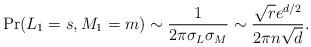
LaTeX: \begin{align*} \Pr( L_1=s, M_1=m ) \sim \frac{1}{2\pi\sigma_L\sigma_M} \sim \frac{\sqrt{r}e^{d/2}}{2\pi n\sqrt{d}}.\end{align*}